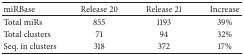
| miRBase | Release 20 | Release 21 | Increase |
 | --- | --- | --- | --- |
 | Total miRs | 855 | 1193 | 39% |
 | Total clusters | 71 | 94 | 32% |
 | Seq. in clusters | 318 | 372 | 17% |